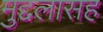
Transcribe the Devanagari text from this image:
मुद्दलासह